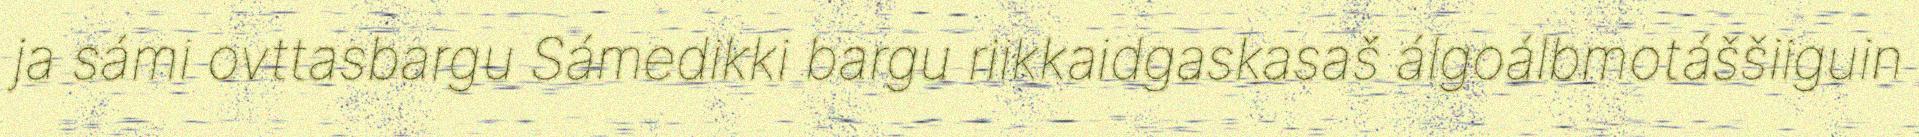
ja sámi ovttasbargu Sámedikki bargu riikkaidgaskasaš álgoálbmotáššiiguin